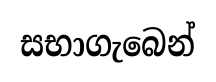
සභාගැබෙන්